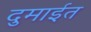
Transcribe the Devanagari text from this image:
दुमाईत